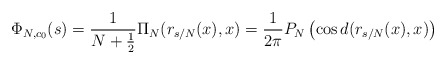
\begin{align*} \Phi_{N,c_0}(s) = \frac{1}{N + \frac{1}{2}} \Pi_N(r_{s/N}(x),x) = \frac{1}{2\pi} P_N\left( \cos d(r_{s/N}(x),x) \right)\end{align*}